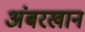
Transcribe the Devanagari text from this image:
अंबरखान